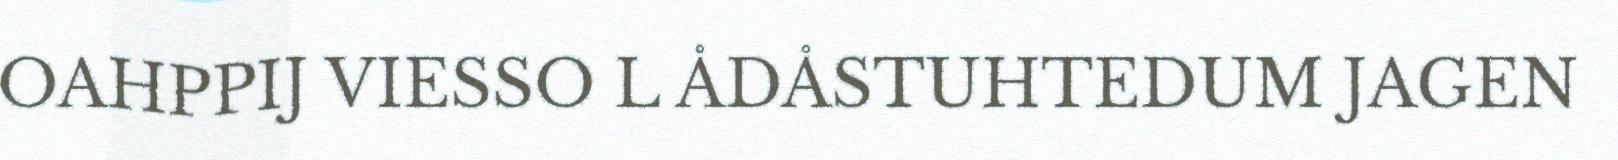
OAHPPIJ VIESSO L ÅDÅSTUHTEDUM JAGEN